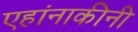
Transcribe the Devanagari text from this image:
एहांनाकीनी